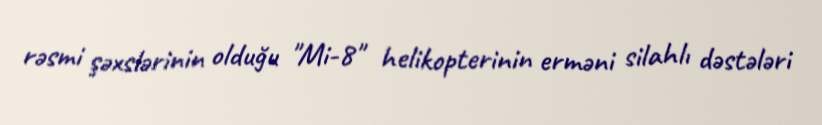
rəsmi şəxslərinin olduğu "Mi-8" helikopterinin erməni silahlı dəstələri